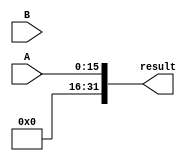
module booth_multiplier(
    input [15:0] A, // 16-bit input A
    input [15:0] B, // 16-bit input B
    output reg [31:0] result // 32-bit output result
);

reg [31:0] product; // 32-bit product
reg [4:0] count; // 5-bit counter for Booth encoding

always @(*) begin
    product = {16'b0, A}; // 32-bit product initialized with A
    result = 0; // Initialize result to 0
    
    for (count = 0; count < 16; count = count + 1) begin
        if (B[0] & !B[1]) begin // Booth encoding -01
            product = product - {16'b0, A};
        end else if (!B[0] & B[1]) begin // Booth encoding 01
            product = product + {16'b0, A};
        end
        
        // Perform arithmetic right shift on B
        B = B >> 1;
        
        // Check for end of loop
        if (count == 15) begin
            result = product; // Assign product to result at the end of loop
        end
    end
end

endmodule